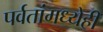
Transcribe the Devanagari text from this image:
पर्वतांमध्येही